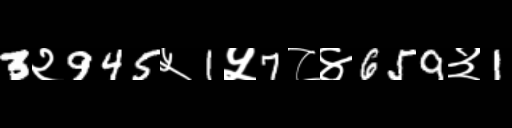
Text: 3२945५1५7८४659३1